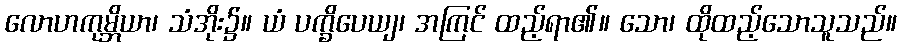
လောဟကုမ္ဘိယာ၊ သံအိုး၌။ ယံ ပက္ခိပေယျ၊ အကြင် ထည့်ရာ၏။ သော၊ ထိုထည့်သောသူသည်။